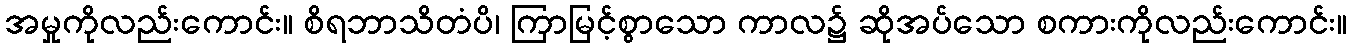
အမှုကိုလည်းကောင်း။ စိရဘာသိတံပိ၊ ကြာမြင့်စွာသော ကာလ၌ ဆိုအပ်သော စကားကိုလည်းကောင်း။